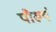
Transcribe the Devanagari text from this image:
पौरुषं